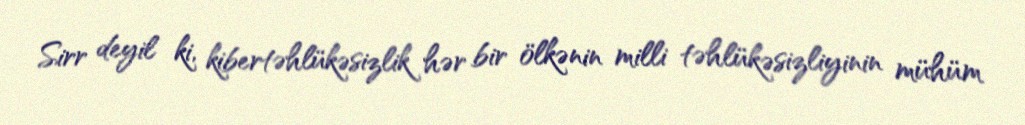
Sirr deyil ki, kibertəhlükəsizlik hər bir ölkənin milli təhlükəsizliyinin mühüm